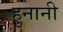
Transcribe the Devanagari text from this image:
हुनानी